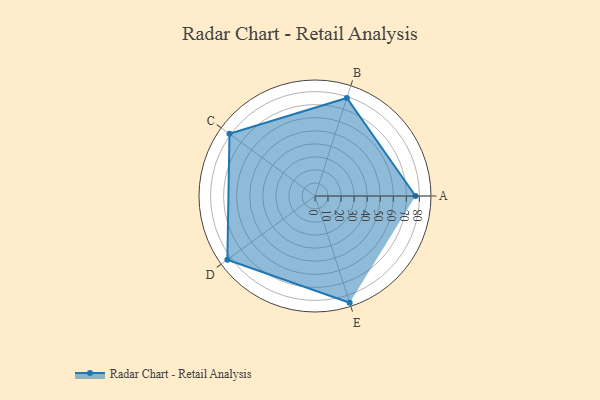
{"axis": {"x": "Skill", "y": "Score"}, "legend": ["Profile"], "data": [{"x": "A", "y": 77.0, "type": "Profile"}, {"x": "B", "y": 79.0, "type": "Profile"}, {"x": "C", "y": 81.0, "type": "Profile"}, {"x": "D", "y": 83.0, "type": "Profile"}, {"x": "E", "y": 86.0, "type": "Profile"}]}